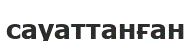
сауаттанған